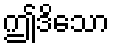
ဤဒိသော